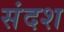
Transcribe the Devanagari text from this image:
संदश